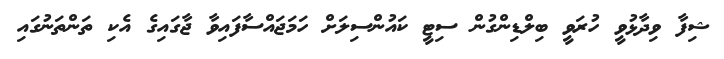
ޝިފާ ވިދާޅުވީ ހުރަވީ ބިލްޑިންގުން ސިޓީ ކައުންސިލަށް ހަމަޖައްސާފައިވާ ޖާގައިގެ އެކި ތަންތަނުގައި